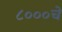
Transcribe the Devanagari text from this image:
८०००चे